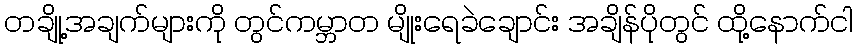
တချို့အချက်များကို တွင်ကမ္ဘာတ မျိုးရေခဲချောင်း အချိန်ပိုတွင် ထို့နောက်ငါ